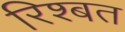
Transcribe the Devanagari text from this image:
रिश्बत